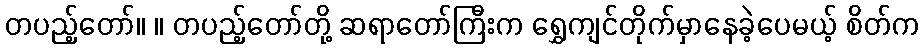
တပည့်တော်။ ။ တပည့်တော်တို့ ဆရာတော်ကြီးက ရွှေကျင်တိုက်မှာနေခဲ့ပေမယ့် စိတ်က